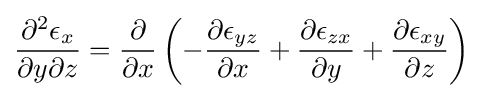
{\frac {\partial ^{2}\epsilon _{x}}{\partial y\partial z}}={\frac {\partial }{\partial x}}\left(-{\frac {\partial \epsilon _{yz}}{\partial x}}+{\frac {\partial \epsilon _{zx}}{\partial y}}+{\frac {\partial \epsilon _{xy}}{\partial z}}\right)